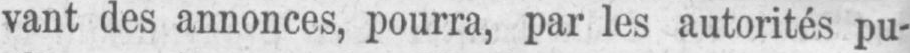
vant des annonces, pourra, par les autorités pu-